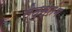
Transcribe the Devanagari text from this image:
सेतुस्तंभ